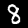
Label: 8